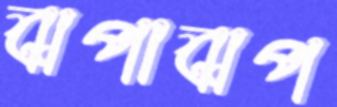
ঝপাঝপ